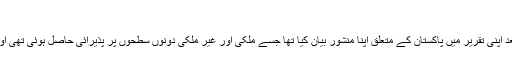
- اردو زمین
عمران خان نے شاندار فتح کے بعد اپنی تقریر میں پاکستان کے متعلق اپنا منشور بیان کیا تھا جسے ملکی اور غیر ملکی دونوں سطحوں پر پذیرائی حاصل ہوئی تھی اور جسے آج تک یاد کیا جاتا ہے ۔